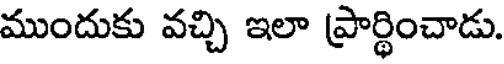
ముందుకు వచ్చి ఇలా ప్రార్థించాడు.